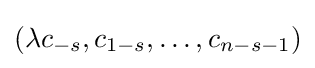
(\lambda c_{-s},c_{1-s},\dots ,c_{n-s-1})